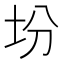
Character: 坋